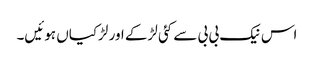
اس نیک بی بی سے کئی لڑکے اور لڑکیاں ہوئیں۔